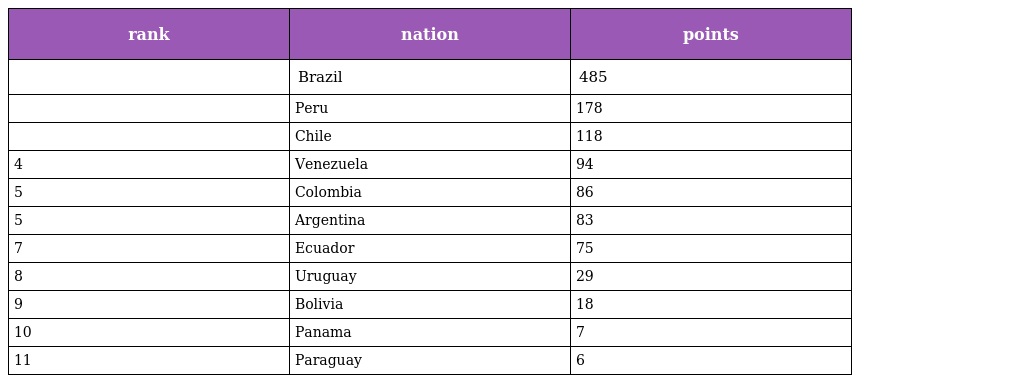
| rank | nation | points |
 | --- | --- | --- |
 |  | Brazil | 485 |
 |  | Peru | 178 |
 |  | Chile | 118 |
 | 4 | Venezuela | 94 |
 | 5 | Colombia | 86 |
 | 5 | Argentina | 83 |
 | 7 | Ecuador | 75 |
 | 8 | Uruguay | 29 |
 | 9 | Bolivia | 18 |
 | 10 | Panama | 7 |
 | 11 | Paraguay | 6 |